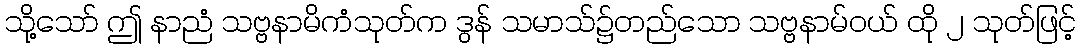
သို့သော် ဤ နာညံ သဗ္ဗနာမိကံသုတ်က ဒွန် သမာသ်၌တည်သော သဗ္ဗနာမ်ဝယ် ထို ၂ သုတ်ဖြင့်